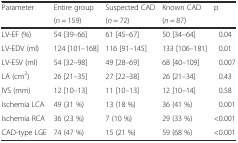
<table><thead><tr><td><b>Parameter</b></td><td><b>Entire group</b></td><td><b>Suspected CAD</b></td><td><b>Known CAD</b></td><td><b>p</b></td></tr><tr><td></td><td><b>(<i>n</i> = 159)</b></td><td><b>(<i>n</i> = 72)</b></td><td><b>(<i>n</i> = 87)</b></td><td></td></tr></thead><tbody><tr><td>LV-EF (%)</td><td>54 [39–66]</td><td>61 [45–67]</td><td>50 [34–64]</td><td>0.04</td></tr><tr><td>LV-EDV (ml)</td><td>124 [101–168]</td><td>116 [91–145]</td><td>133 [106–181]</td><td>0.01</td></tr><tr><td>LV-ESV (ml)</td><td>54 [32–98]</td><td>49 [28–69]</td><td>68 [40–109]</td><td>0.007</td></tr><tr><td>LA (cm<sup>2</sup>)</td><td>26 [21–35]</td><td>27 [22–38]</td><td>26 [21–34]</td><td>0.43</td></tr><tr><td>IVS (mm)</td><td>12 [10–13]</td><td>11 [10–13]</td><td>12 [10–14]</td><td>0.58</td></tr><tr><td>Ischemia LCA</td><td>49 (31 %)</td><td>13 (18 %)</td><td>36 (41 %)</td><td>0.001</td></tr><tr><td>Ischemia RCA</td><td>36 (23 %)</td><td>7 (10 %)</td><td>29 (33 %)</td><td>&lt;0.001</td></tr><tr><td>CAD-type LGE</td><td>74 (47 %)</td><td>15 (21 %)</td><td>59 (68 %)</td><td>&lt;0.001</td></tr></tbody></table>